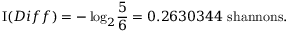
\operatorname { I } ( D i f f ) = - \log _ { 2 } \! { \frac { 5 } { 6 } } = 0 . 2 6 3 0 3 4 4 { \mathrm { ~ s h a n n o n s } } .